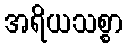
အရိယသစ္စာ